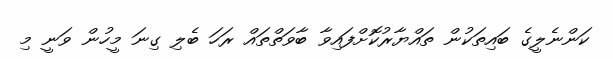
ކަންނެލީގެ ބައިތަކުން ތައްޔާރުކޮށްފައިވާ ބާވަތްތައް ރަހަ ބެލި ގިނަ މީހުން ވަނީ މި